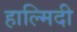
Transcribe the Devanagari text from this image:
हाल्मिदी